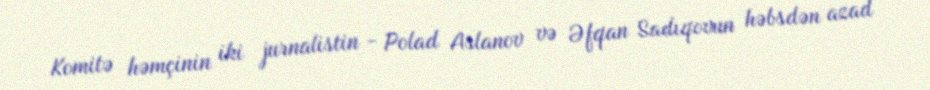
Komitə həmçinin iki jurnalistin - Polad Aslanov və Əfqan Sadıqovun həbsdən azad